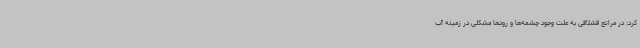
کرد: در مراتع قشلاقی به علت وجود چشمه‌ها و رودها مشکلی در زمینه آب